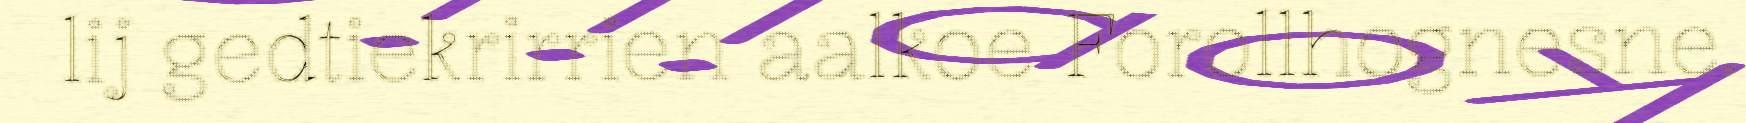
lij gedtiekrirrien aalkoe Forollhognesne.